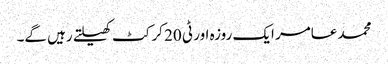
محمد عامر ایک روزہ اور ٹی 20 کرکٹ کھیلتے رہیں گے۔